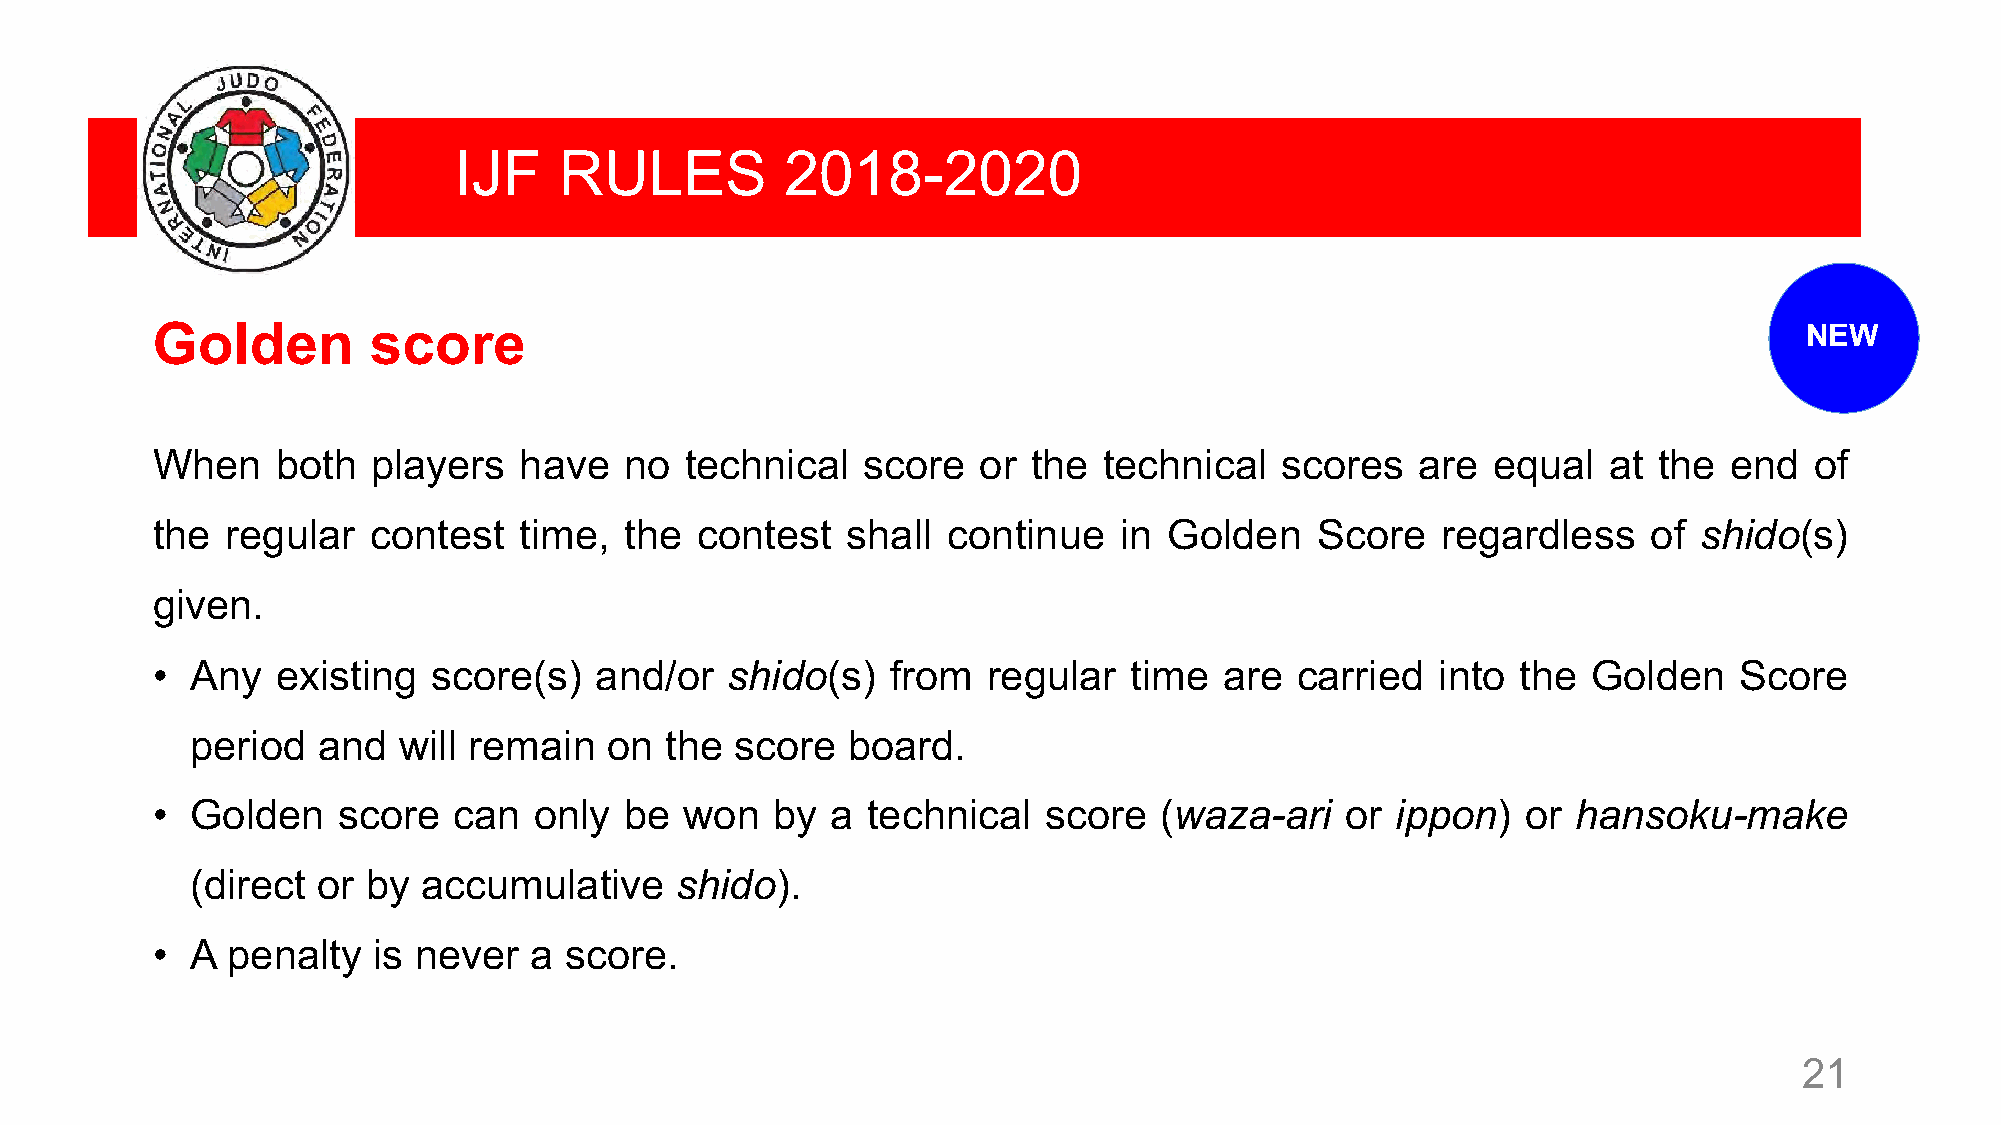
IJF    RULES          2018-2020
 Golden        score                                                                                          NEW
 When    both   players  have   no  technical   score   or the  technical   scores   are  equal  at  the end   of
 the  regular  contest   time,  the  contest   shall  continue   in Golden    Score   regardless    of shido(s)
 given.
 •  Any  existing   score(s)  and/or   shido(s)   from  regular   time  are  carried  into  the Golden    Score
 period  and  will remain   on  the  score  board.
 •  Golden   score   can  only  be  won   by  a technical   score   (waza-ari   or ippon)   or hansoku-make
 (direct or by  accumulative     shido).
 •  A penalty   is never  a score.
 21